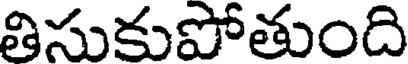
తిసుకుపోతుంది